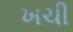
ખચી